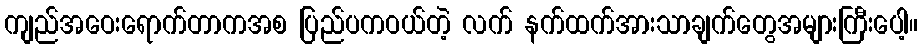
ကျည်အဝေးရောက်တာကအစ ပြည်ပကဝယ်တဲ့ လက် နက်ထက်အားသာချက်တွေအများကြီးပေါ့။